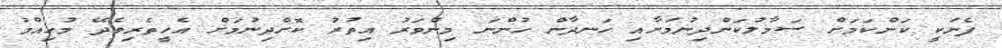
ފެނަކީ ކަންކަމަށް ސަމާލުކަންދިނުމަށާއި ހަނދާން ހުންނަ މިންވަރު އިތުރު ކޮށްދިނުމަށް އެހީތެރިވެދޭ މުހިއްމު